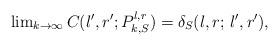
LaTeX: \begin{align*} \lim \nolimits_{k \to \infty} C(l',r';P_{k,S}^{l,r}) = \delta_S(l,r; \, l',r'),\end{align*}